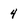
Character: 4